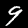
Digit: 9